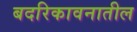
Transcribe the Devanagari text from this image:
बदरिकावनातील